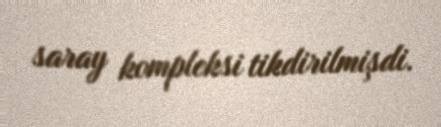
saray kompleksi tikdirilmişdi.